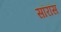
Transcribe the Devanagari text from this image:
सॉरॉस